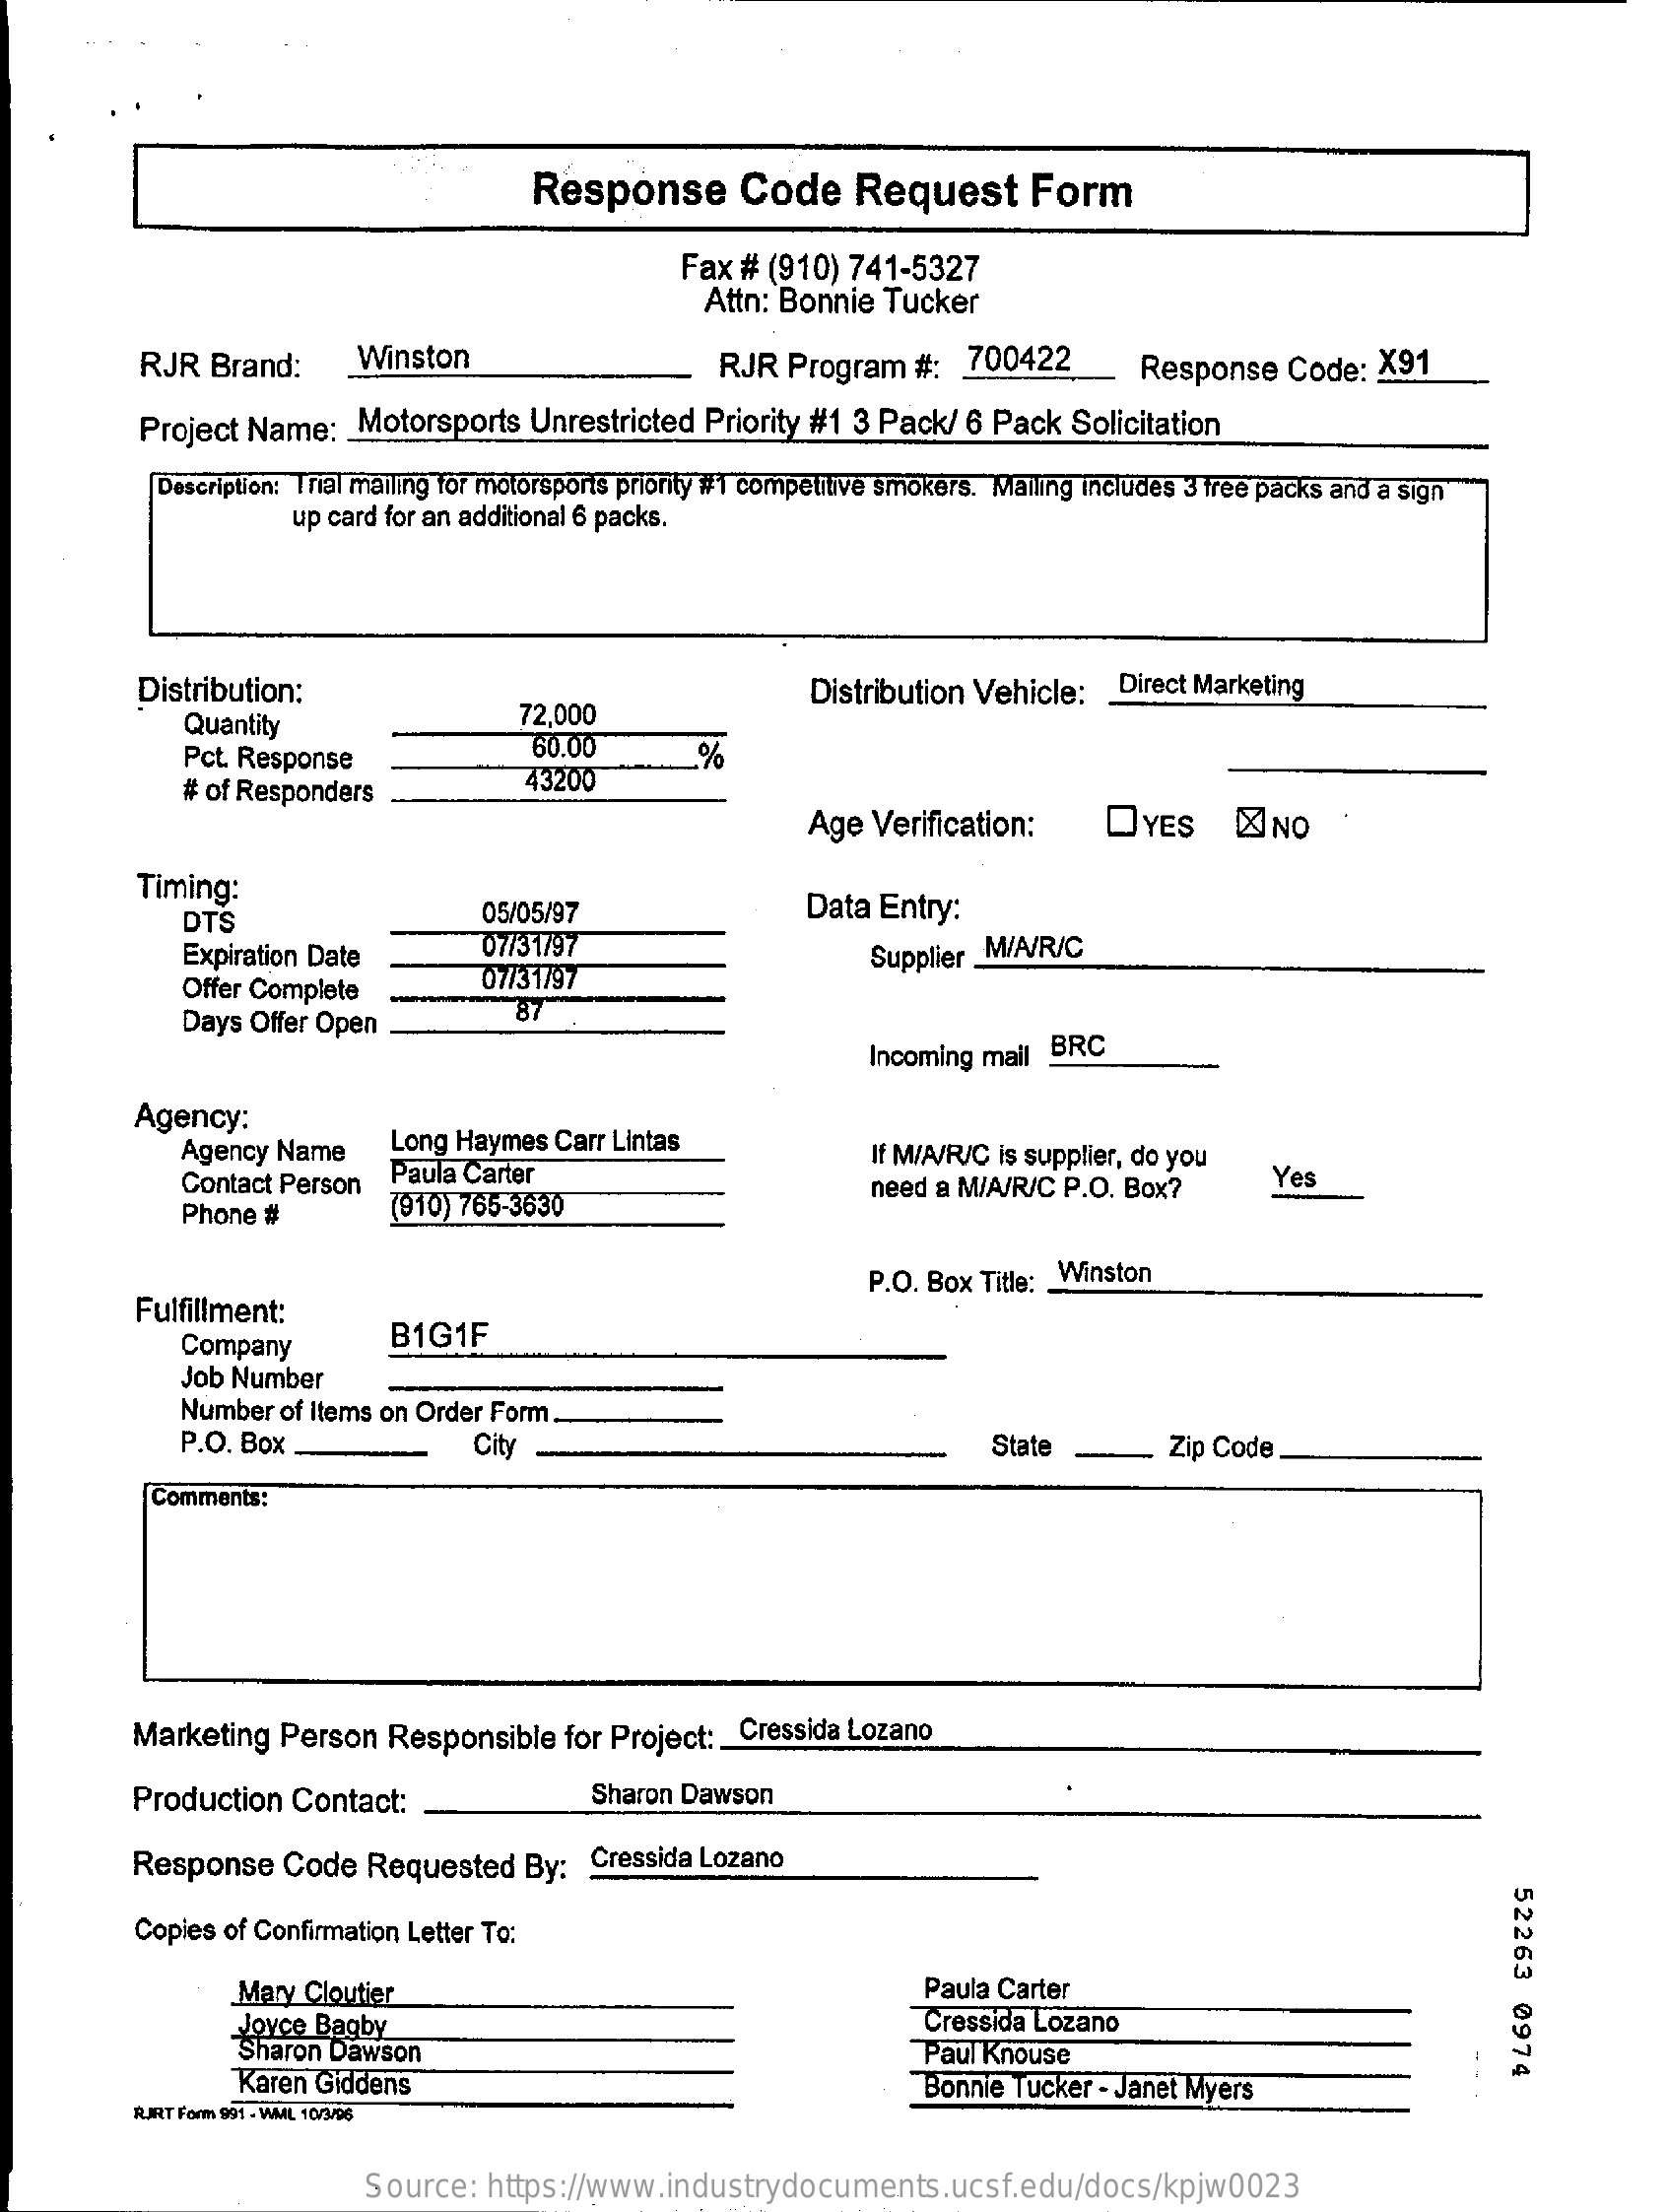
Response    Code    Request    Form
     Fax # (910)  741-5327
     Attn: Bonnie Tucker
     RJR  Brand:    Winston    RJR  Program   #:  700422   _   Response   Code:  X91
     Project Name:    Motorsports  Unrestricted  Priority #1 3 Pack/ 6 Pack  Solicitation
     Description: Trial mailing for motorsports priority #1 competitive smokers. Mailing includes 3 free packs and a sign
     up card for an additional 6 packs.
     Distribution:
     Quantity    72,000
     Distribution Vehicle:  _ Direct Marketing
     Pct. Response    60.00    %
     # of Responders
     43200
     Age Verification:    DYES    &NO
     Timing:
     OTS    05/05/97    Data Entry:
     Expiration Date    07/31/97
     Offer Complete    07/31/97
     Supplier M/A/R/C
     Days Offer Open
     87
     Incoming mail BRC
     Agency:
     Agency Name    Long Haymes  Carr Lintas
     Contact Person  Paula Carter
     If M/A/R/C is supplier, do you
     (910) 765-3630
     need a MIA/R/C P.O. Box?    Yes
     Phone #
     Fulfillment:
     P.O. Box Title: _ Winston
     Company    B1G1F
     Job Number
     Number  of Items on Order Form.
     P.O. Box    City    State    Zip Code
     Comments:
     Marketing  Person   Responsible   for Project: Cressida Lozano
     Production   Contact:    Sharon Dawson
     Response    Code  Requested    By: Cressida Lozano
     52263
     0974
     Copies of Confirmation Letter To:
     Mary  Cloutier    Paula Carter
     Joyce Bagby    Cressida Lozano
     Sharon Dawson    Paul Knouse
     Karen Giddens    Bonnie Tucker - Janet Myers
     RUIRT For 991 - WML 10/3/08
     Source:  https://www.industrydocuments.ucsf.edu/docs/kpjw0023